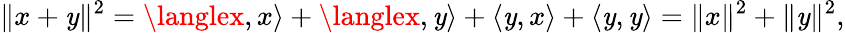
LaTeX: \| x+\mathit{y}\| ^{2}=\langlex,x\rangle+\langlex,\mathit{y}\rangle+\langle\mathit{y},x\rangle+\langle\mathit{y},\mathit{y}\rangle=\| x\| ^{2}+\| \mathit{y}\| ^{2},